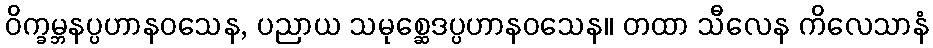
ဝိက္ခမ္ဘနပ္ပဟာနဝသေန, ပညာယ သမုစ္ဆေဒပ္ပဟာနဝသေန။ တထာ သီလေန ကိလေသာနံ